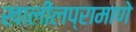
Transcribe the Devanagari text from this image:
खालीलप्रामाणे